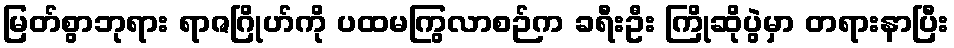
မြတ်စွာဘုရား ရာဇဂြိုဟ်ကို ပထမကြွလာစဉ်က ခရီးဦး ကြိုဆိုပွဲမှာ တရားနာပြီး